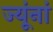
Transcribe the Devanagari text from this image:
ज्यूंनां